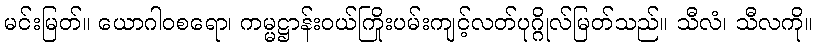
မင်းမြတ်။ ယောဂါဝစရော၊ ကမ္မဋ္ဌာန်းဝယ်ကြိုးပမ်းကျင့်လတ်ပုဂ္ဂိုလ်မြတ်သည်။ သီလံ၊ သီလကို။